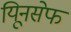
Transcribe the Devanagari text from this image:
यिूनसेफ